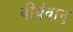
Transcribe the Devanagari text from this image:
वीर्यवान्‌